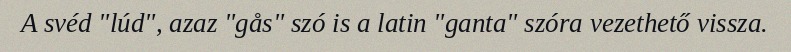
A svéd "lúd", azaz "gås" szó is a latin "ganta" szóra vezethető vissza.